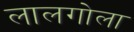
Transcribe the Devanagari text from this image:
लालगोला